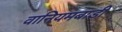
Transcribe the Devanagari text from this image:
वानियमबाडी